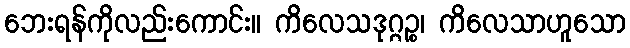
ဘေးရန်ကိုလည်းကောင်း။ ကိလေသဒုဂ္ဂဉ္စ၊ ကိလေသာဟူသော